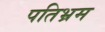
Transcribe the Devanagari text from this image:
पतिभ्रम